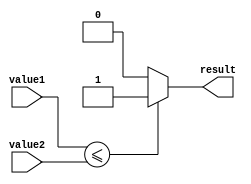
module less_than_equal_to_comparator(
    input [7:0] value1,
    input [7:0] value2,
    output reg result
);

always @(*) begin
    if (value1 <= value2) begin
        result = 1;
    end else begin
        result = 0;
    end
end

endmodule